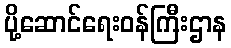
ပို့ဆောင်ရေးဝန်ကြီးဌာန